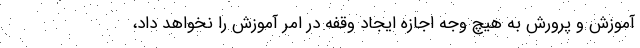
آموزش و پرورش به هیچ وجه اجازه ایجاد وقفه در امر آموزش را نخواهد داد،